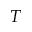
T